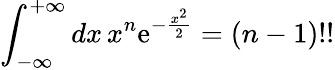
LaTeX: \int_{-\infty}^{+\infty}dx\, x^{n}\mathrm{e}^{-\frac{x^{2}}{2}}=(n-1)!!